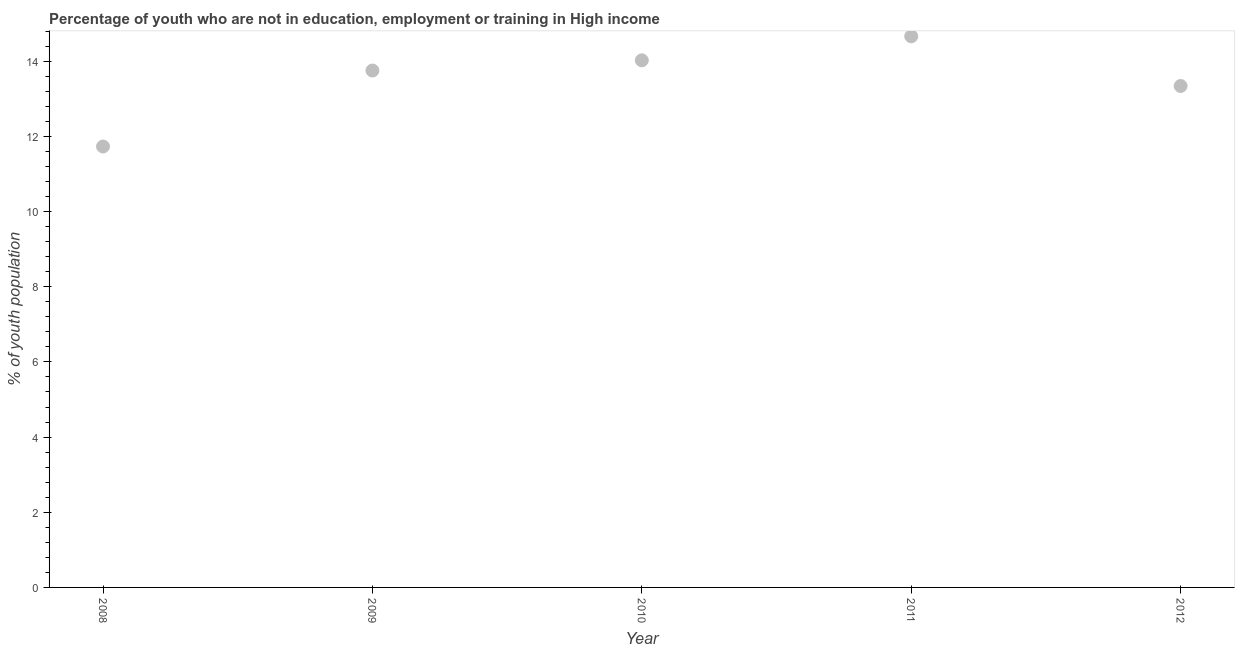
| Year | Unemployed youth |
 | --- | --- |
 | 2008 | 11.7 |
 | 2009 | 13.8 |
 | 2010 | 14 |
 | 2011 | 14.7 |
 | 2012 | 13.3 |